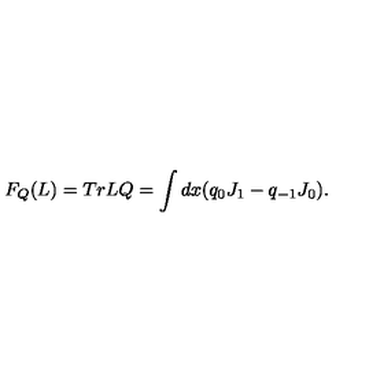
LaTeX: F _ { Q } ( L ) = T r { } L Q = \int d x { } ( q _ { 0 } J _ { 1 } - q _ { - 1 } J _ { 0 } ) .